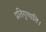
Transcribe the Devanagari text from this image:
प्रतिगृणाति।